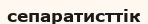
сепаратисттік